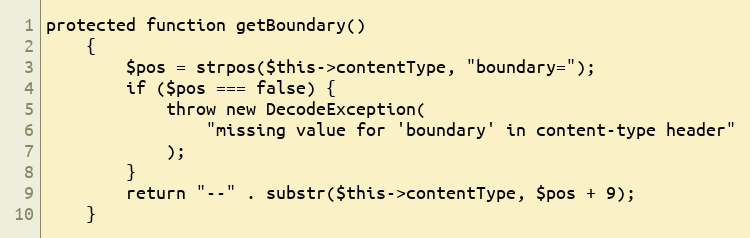
Language: PHP
protected function getBoundary()
    {
        $pos = strpos($this->contentType, "boundary=");
        if ($pos === false) {
            throw new DecodeException(
                "missing value for 'boundary' in content-type header"
            );
        }
        return "--" . substr($this->contentType, $pos + 9);
    }